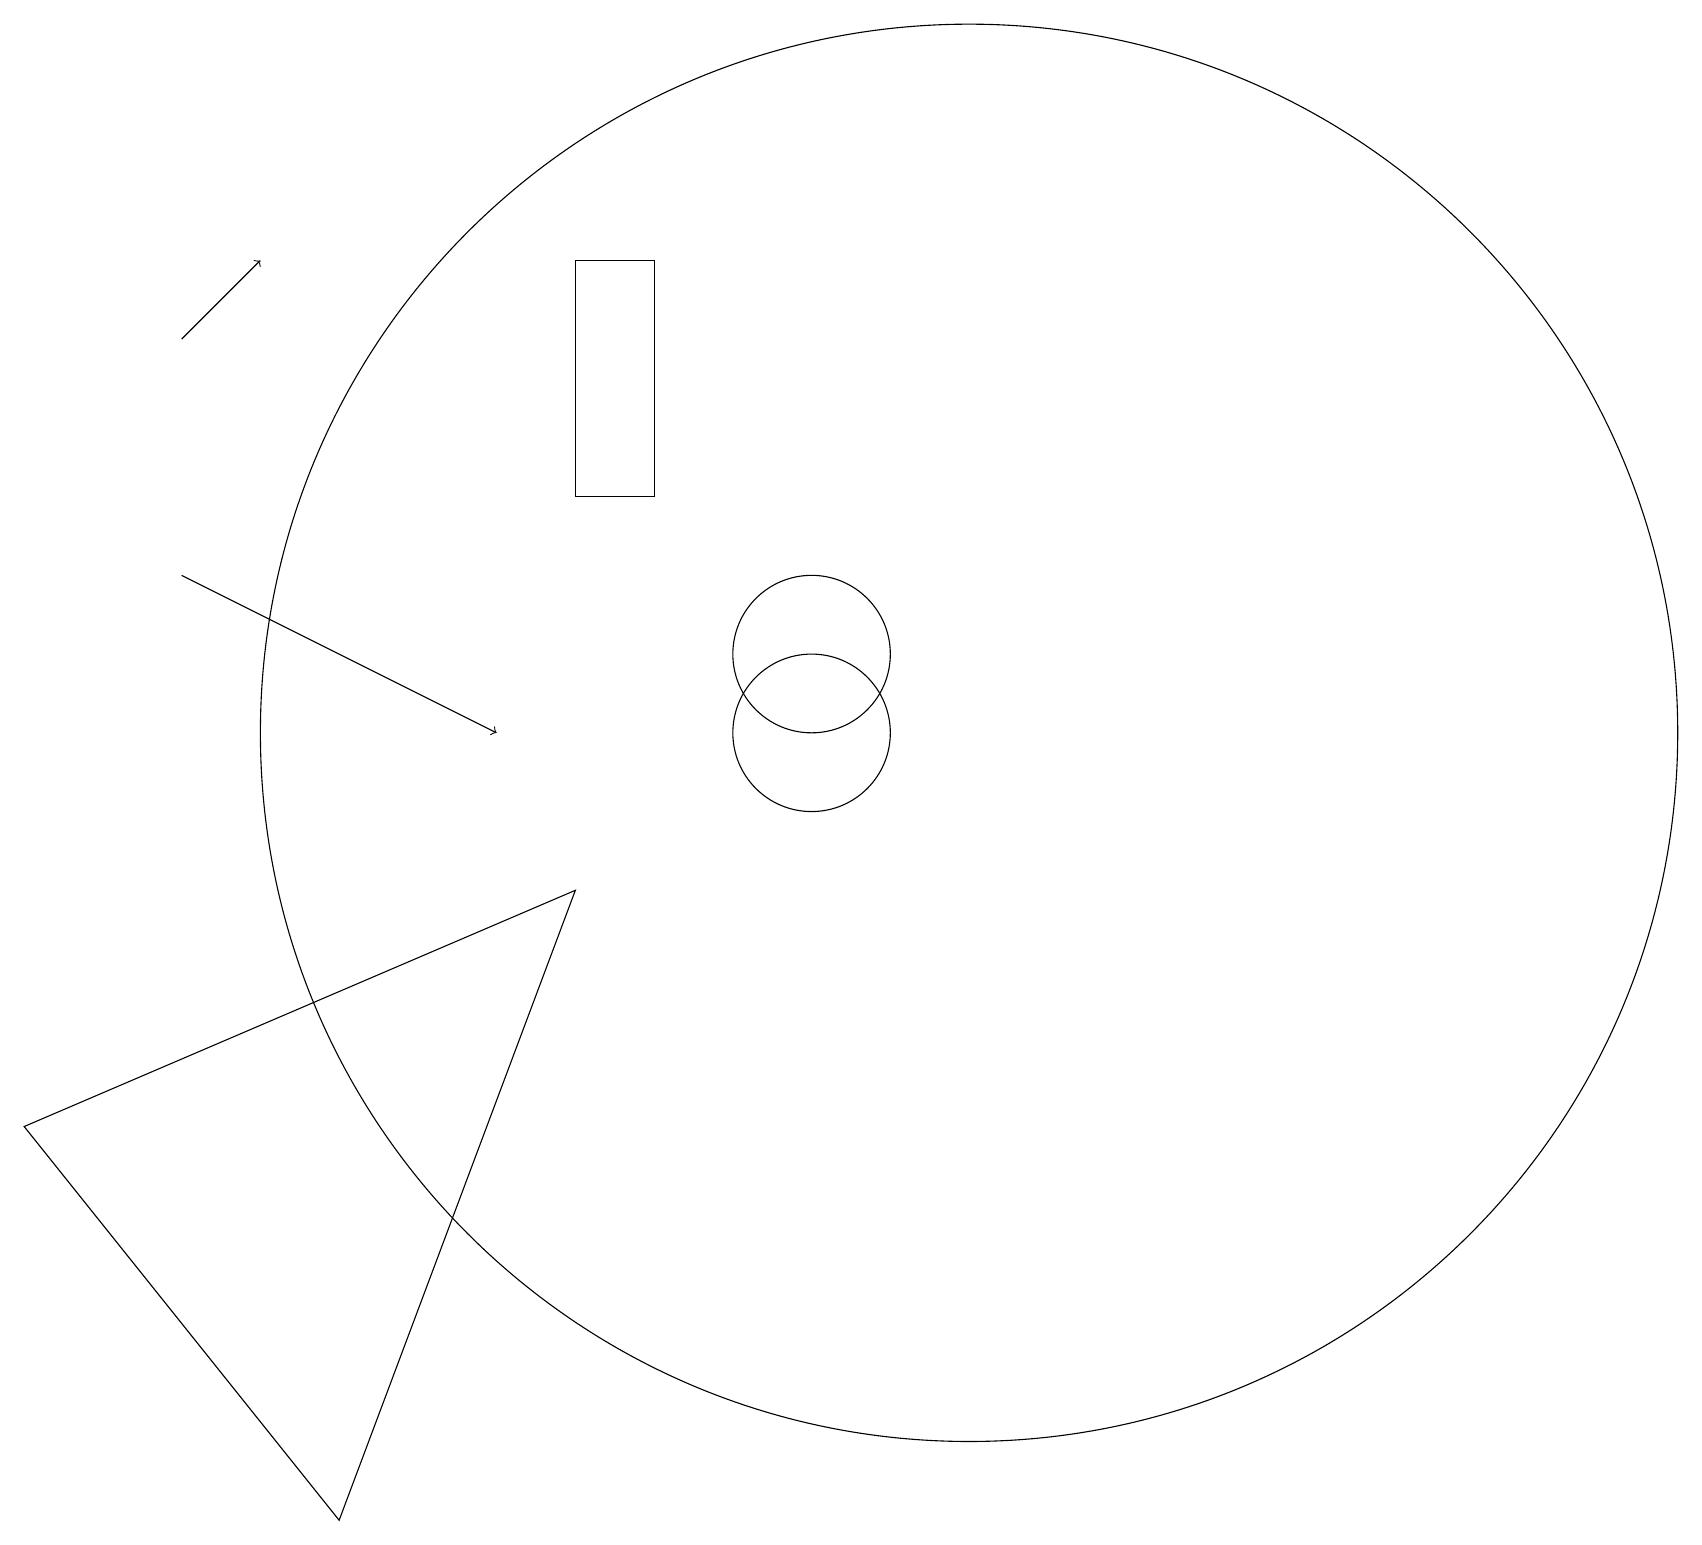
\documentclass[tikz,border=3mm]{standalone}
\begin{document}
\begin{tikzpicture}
\draw[->] (2,15) -- (3,16);
\draw (7,16) rectangle (8,13);
\draw[->] (2,12) -- (6,10);
\draw (4,0) -- (0,5) -- (7,8) -- cycle;
\draw (10,11) circle (1);
\draw (12,10) circle (9);
\draw (11,11) circle (0);
\draw (10,10) circle (1);
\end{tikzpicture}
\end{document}